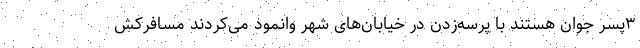
۳پسر جوان هستند با پرسه‌زدن در خیابان‌های شهر وانمود می‌کردند مسافرکش